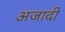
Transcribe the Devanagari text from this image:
अजादी